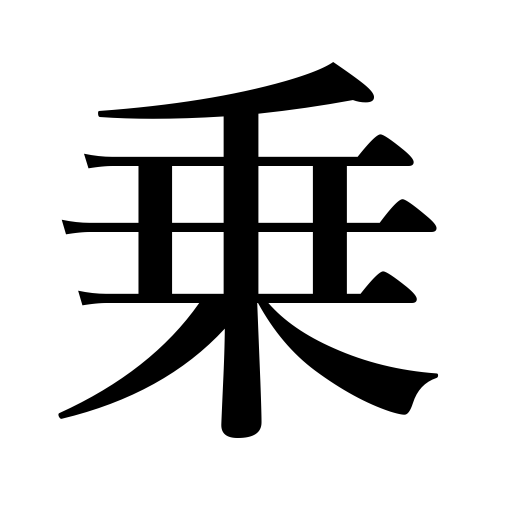
Meanings: multiplication,be found in a dictionary,vehicle counter,share in,be in harmony with,mention,put,join,vehicle,record,be mentioned in,power in math,get up on,set,ride,feel like doing,spread paints,place,let one take part,be taken in,board,mount,lay,impose on